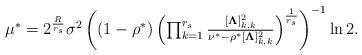
LaTeX: \begin{align*} \mu^*=2^{\frac{{R}}{r_s}}{\sigma^2}\left(\left(1-\rho^*\right)\left(\textstyle\prod_{k=1}^{r_s}\frac{[\boldsymbol{\Lambda}]_{k,k}^2}{\nu^*-\rho^*[\boldsymbol{\Lambda}]_{k,k}^2}\right)^{\frac{1}{r_s}}\right)^{-1}\ln2.\end{align*}